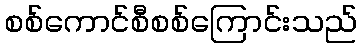
စစ်ကောင်စီစစ်ကြောင်းသည်